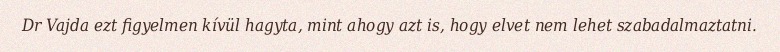
Dr Vajda ezt figyelmen kívül hagyta, mint ahogy azt is, hogy elvet nem lehet szabadalmaztatni.